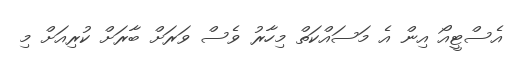
އެސްޓީއޯ އިން އެ މަސައްކަތް މިހާރު ވެސް ވަރަށް ބާރަށް ކުރިއަށް މި